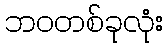
ဘဝတစ်ခုလုံး